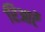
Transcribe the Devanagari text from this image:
रिआर्टे